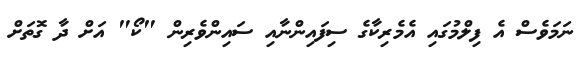
ނަމަވެސް އެ ފިލްމުގައި އެމެރިކާގެ ސިފައިންނާއި ސައިންވެރިން "ކޯ" އަށް ދާ ގޮތަށް